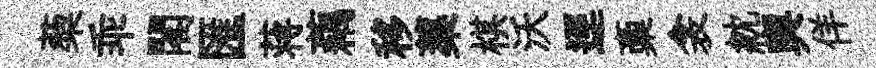
蔾乖閣匯蒋藕移蕖棋沃逕稾衾紞輿佯